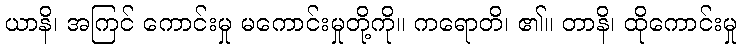
ယာနိ၊ အကြင် ကောင်းမှု မကောင်းမှုတို့ကို။ ကရောတိ၊ ၏။ တာနိ၊ ထိုကောင်းမှု